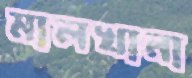
মালখানা